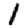
Digit: 1